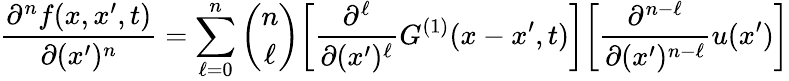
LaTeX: \frac{\partial^{n}f(x,x^{\prime},t)}{\partial(x^{\prime})^{n}}=\sum_{\ell=0}^{n}\binom{n}{\ell}\bigg[\frac{\partial^{\ell}}{\partial(x^{\prime})^{\ell}}G^{(1)}(x-x^{\prime},t)\bigg]\bigg[\frac{\partial^{n-\ell}}{\partial(x^{\prime})^{n-\ell}}u(x^{\prime})\bigg]